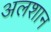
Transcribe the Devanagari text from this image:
अलशान